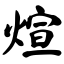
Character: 煊